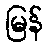
မြန်